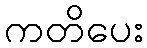
ကတိပေး